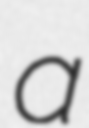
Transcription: a